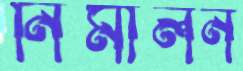
নিমীলন